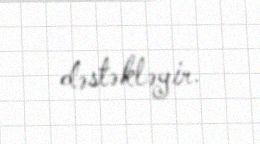
dəstəkləyir.